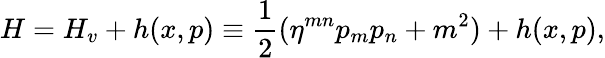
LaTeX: H=H_{v}+h(x,p)\equiv\frac{1}{2}(\eta^{mn}p_{m}p_{n}+m^{2})+h(x,p),